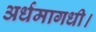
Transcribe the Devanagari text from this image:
अर्धमागधी।